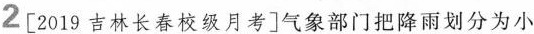
2 [2019吉林长春校级月考]气象部门把降雨划分为小